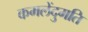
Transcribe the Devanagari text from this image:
कमलेंदुमति